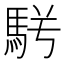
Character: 𩢣